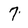
Character: 7